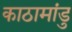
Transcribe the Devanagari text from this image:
काठामांडु